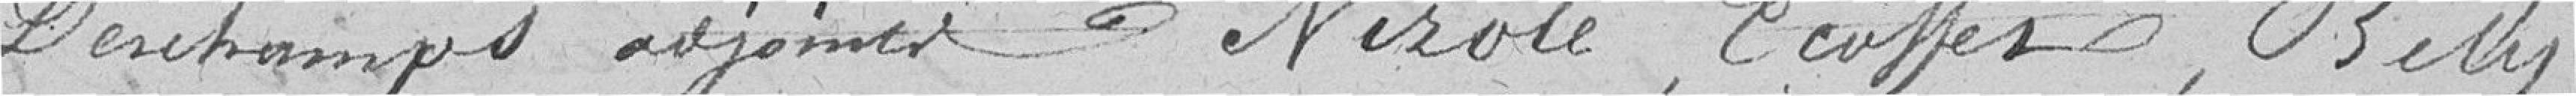
Deschamps, adjoints Nizole, Ecoffet, Bety